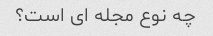
چه نوع مجله ای است؟